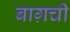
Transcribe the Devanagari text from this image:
बाग़ची